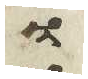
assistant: בו